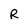
Character: R